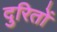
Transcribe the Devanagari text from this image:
दुरितों